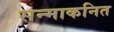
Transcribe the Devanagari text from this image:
सन्माकनित